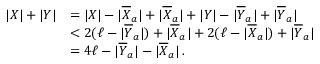
\begin{array} { r l } { | X | + | Y | } & { = | X | - | \overline { { X } } _ { a } | + | \overline { { X } } _ { a } | + | Y | - | \overline { { Y } } _ { a } | + | \overline { { Y } } _ { a } | } \\ & { < 2 ( \ell - | \overline { { Y } } _ { a } | ) + | \overline { { X } } _ { a } | + 2 ( \ell - | \overline { { X } } _ { a } | ) + | \overline { { Y } } _ { a } | } \\ & { = 4 \ell - | \overline { { Y } } _ { a } | - | \overline { { X } } _ { a } | \, . } \end{array}